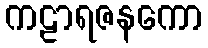
ကဠာရဇနကော